Scientific memoirs by medical officers of the Army of India - Part III,
Year: 1887
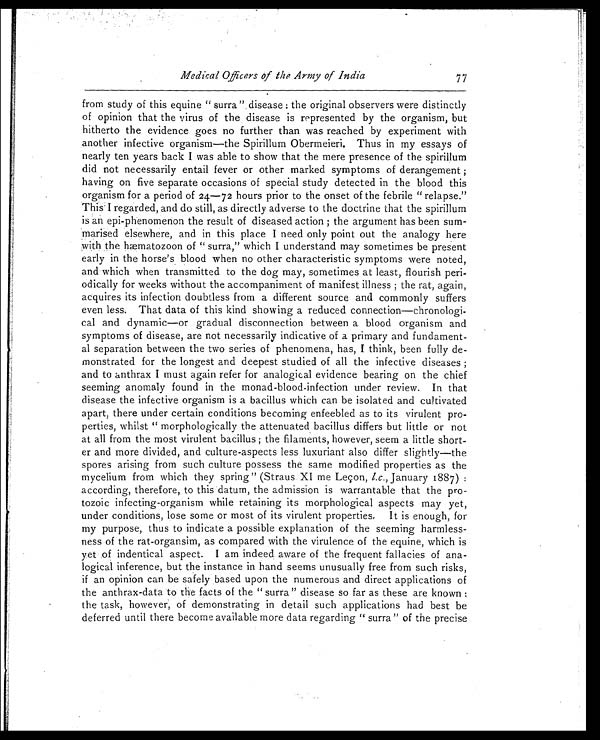
Medical Officers of the Army of India
from study of this equine " surra"disease : the original observers were distinctly
of opinion that the virus of the disease is represented by the organism, but
hitherto the evidence goes no further than was reached by experiment with
another infective organism—the Spirillum Obermeieri. Thus in my essays of
nearly ten years back I was able to show that the mere presence of the spirillum
did not necessarily entail fever or other marked symptoms of derangement ;
having on five separate occasions of special study detected in the blood this
organism for a period of 24—72 hours prior to the onset of the febrile " relapse."
This I regarded, and do still, as directly adverse to the doctrine that the spirillum
is an epi-phenomenon the result of diseased action ; the argument has been sum-
marised elsewhere, and in this place I need only point out the analogy here
with the hæmatozoon of " surra," which I understand may sometimes be present
early in the horse's blood when no other characteristic symptoms were noted,
and which when transmitted to the dog may, sometimes at least, flourish peri-
odically for weeks without the accompaniment of manifest illness ; the rat, again,
acquires its infection doubtless from a different source and commonly suffers
even less. That data of this kind showing a reduced connection—chronologi.
cal and dynamic—or gradual disconnection between a blood organism and
symptoms of disease, are not necessarily indicative of a primary and fundament-
al separation between the two series of phenomena, has, I think, been fully de-
monstrated for the longest and deepest studied of all the infective diseases ;
and to anthrax I must again refer for analogical evidence bearing on the chief
seeming anomaly found in the monad-blood-infection under review. In that
disease the infective organism is a bacillus which can be isolated and cultivated
apart, there under certain conditions becoming enfeebled as to its virulent pro-
perties, whilst " morphologically the attenuated bacillus differs but little or not
at all from the most virulent bacillus ; the filaments, however, seem a little short-
er and more divided, and culture-aspects less luxuriant also differ slightly—the
spores arising from such culture possess the same modified properties as the
mycelium from which they spring" (Straus. XI me Leçon, l.c., January 1887) :
according, therefore, to this datum, the admission is warrantable that the pro-
tozoic infecting-organism while retaining its morphological aspects may yet,
under conditions, lose some or most of its virulent properties. It is enough, for
my purpose, thus to indicate a possible explanation of the seeming harmless-
ness of the rat-organsim, as compared with the virulence of the equine, which is
yet of indentical aspect. I am indeed aware of the frequent fallacies of ana-
logical inference, but the instance in hand seems unusually free from such risks,
if an opinion can be safely based upon the numerous and direct applications of
the anthrax-data to the facts of the " surra" disease so far as these are known :
the task, however, of demonstrating in detail such applications had best be
deferred until there become available more data regarding " surra " of the precise
77